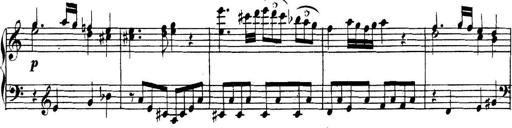
Title: Collected Piano Sonatas
Composer: Muzio Clementi